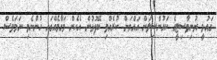
ގައުމީ ޔުނިވާސިޓީގެ ކައުންސިލަށް އައްޔަން ކުރެއްވި ބޭފުޅުން އެހެން މަގާމެއްގައި ހުންނެވި ނަމަވެސް